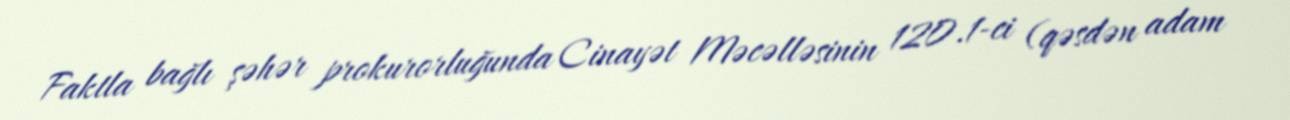
Faktla bağlı şəhər prokurorluğunda Cinayət Məcəlləsinin 120.1-ci (qəsdən adam